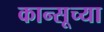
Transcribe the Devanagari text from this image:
कान्सूच्या